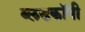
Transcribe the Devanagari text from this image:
ब्लडकॉपी